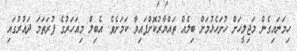
ހިމަނައިގެން މަޖިލީހަށް ހުށަހެޅުމަށް ބިލެއް ތައްޔާރުކޮށްފައިވާ ކަމަށެވެ. އެބިލް މިއަހަރުގެ ފުރަތަމަ ދައުރުގައި